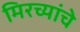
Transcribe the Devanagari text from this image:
मिरच्यांचे